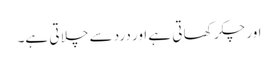
اور چکر کھا تی ہے اور درد سے چلا تی ہے۔